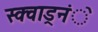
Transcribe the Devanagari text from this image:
स्क्वाड्रनंे